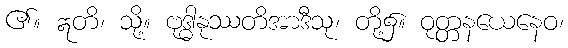
၏။ ဣတိ၊ သို့။ ဗုဒ္ဓါနုဿတိအာဒီသု၊ တို့၌။ ဝုတ္တနယေနေဝ၊